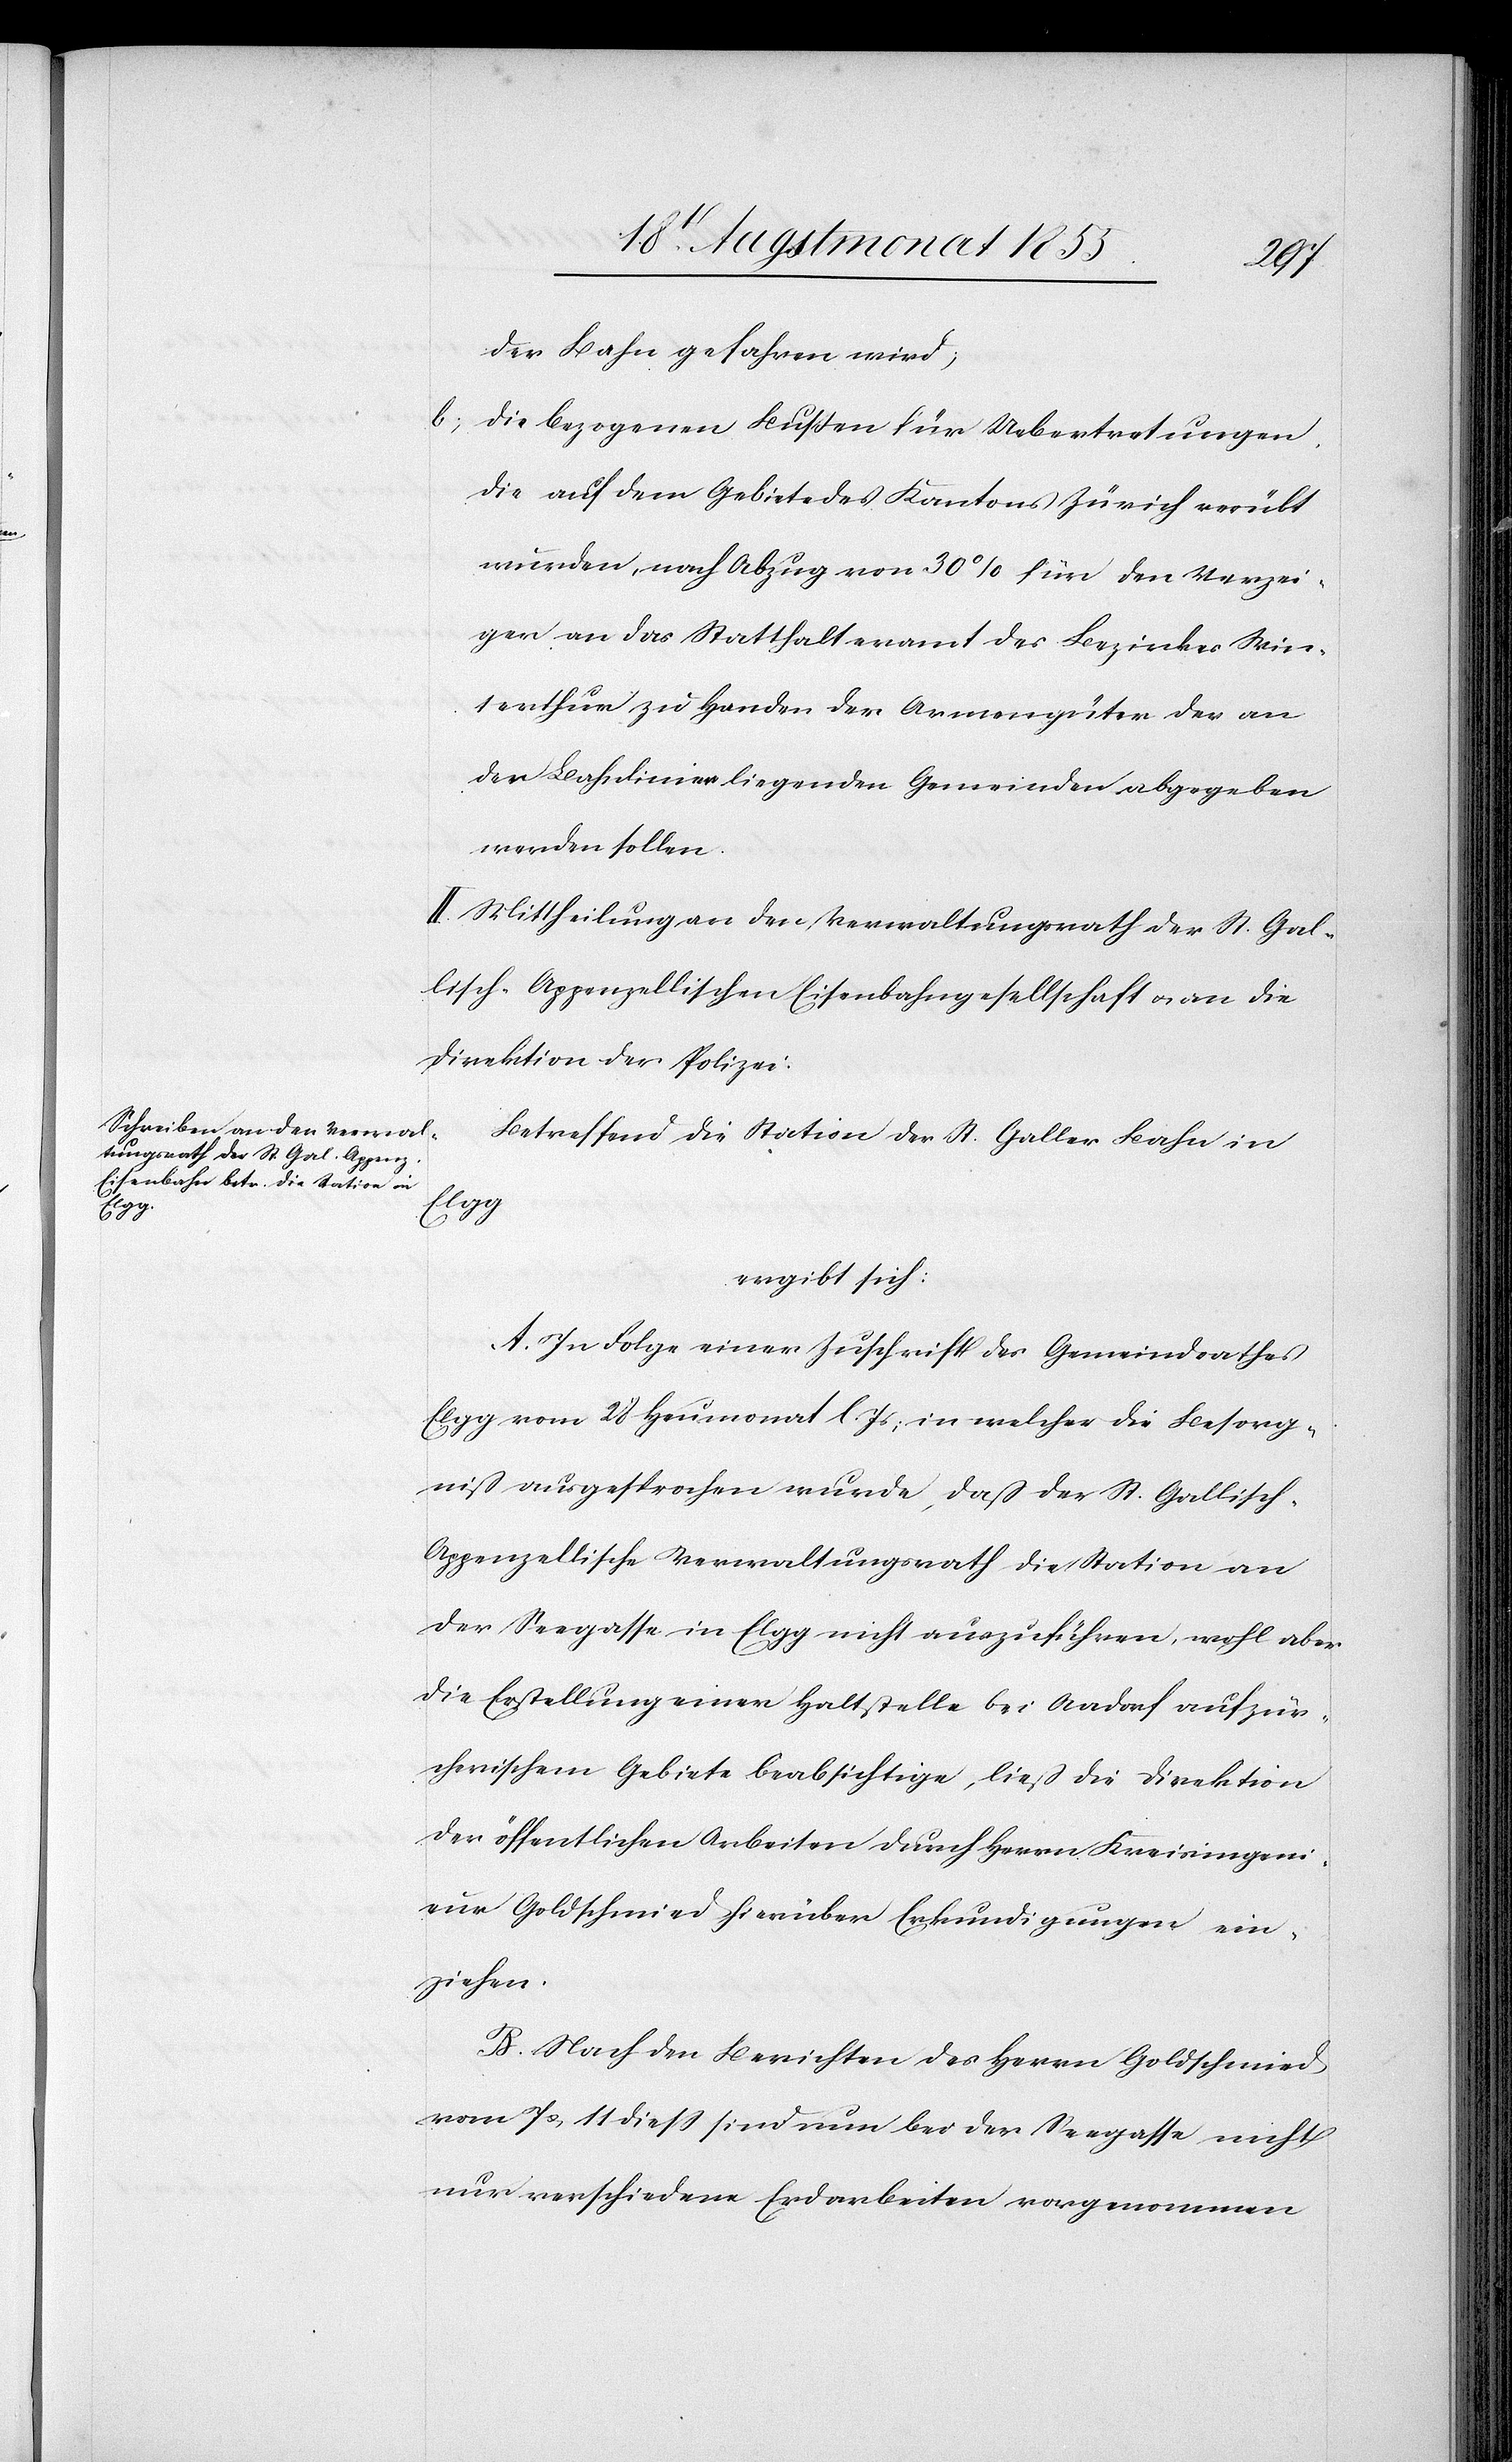
der Bahn gefahren wird;
die bezogenen Bußen für Uebertretungen,
die auf dem Gebiete des Kantons Zürich verübt
wurden, nach Abzug von 30% für den Verzei¬
ger an das Statthalteramt des Bezirkes Win¬
terthur zu Handen der Armengüter der an
der Bahnlinie liegenden Gemeinden abgegeben
werden sollen.
II. Mittheilung an den Verwaltungsrath der St. Gal¬
lisch-Appenzellischen Eisenbahngesellschaft & an die
Direktion der Polizei.
Betreffend die Station der St. Galler Bahn in
Elgg
ergibt sich:
A. In Folge einer Zuschrift des Gemeindrathes
Elgg vom 28 Heumonat l. Js; in welcher die Besorg¬
niß ausgesprochen wurde, daß der St. Gallisch-A¬
ppenzellische Verwaltungsrath die Station an
der Seegasse in Elgg nicht auszuführen, wohl aber
die Erstellung einer Haltstelle bei Aadorf auf zür¬
cherischem Gebiete beabsichtige, ließ die Direktion
der öffentlichen Arbeiten durch Herrn Kreisingeni¬
eur Goldschmied hierüber Erkundigungen ein¬
ziehen.
B. Nach den Berichten des Herrn Goldschmied
vom 7 & 11 diess sind nun bei der Seegasse nicht
nur verschiedene Erdarbeiten vorgenommen